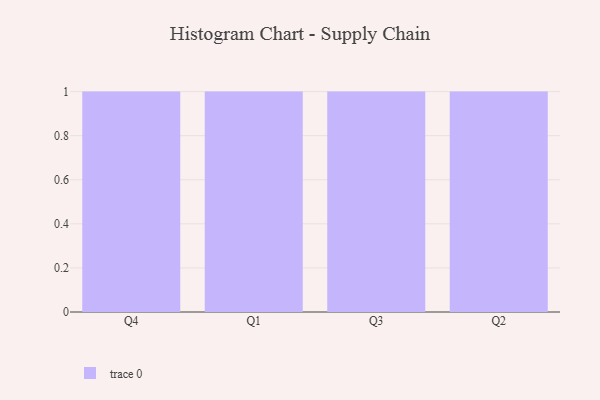
{"axis": {"x": "Quarter", "y": "Customer Acquisition Cost (USD)"}, "legend": [""], "data": [{"x": "Q4", "y": 76, "type": ""}, {"x": "Q1", "y": 6, "type": ""}, {"x": "Q3", "y": 66, "type": ""}, {"x": "Q2", "y": 88, "type": ""}]}